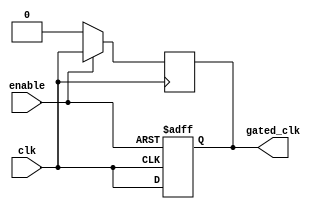
module ClockGatingBuffer (
    input wire clk,       // Primary clock input
    input wire enable,    // Control signal to enable/disable clock
    output reg gated_clk  // Gated clock output
);

// Always block triggered by the clock
always @(posedge clk) begin
    if (enable) begin
        gated_clk <= clk; // Pass the clock through when enabled
    end else begin
        gated_clk <= 1'b0; // Gated off when not enabled
    end
end

// Optional: To prevent glitches on the gated_clk output
// Use a separate always block to handle the clock gating logic
always @(posedge clk or negedge enable) begin
    if (!enable) begin
        gated_clk <= 1'b0; // Ensure gated_clk is low if enable is low
    end else begin
        gated_clk <= clk; // Follow the clock when enabled
    end
end

endmodule